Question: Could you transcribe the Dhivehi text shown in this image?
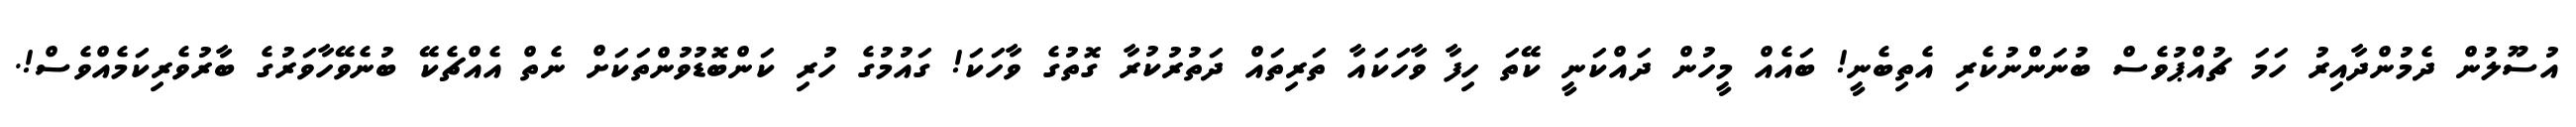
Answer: އުސޫލުން ދެމުންދާއިރު ހަމަ ޗުއްޕުވެސް ބުނަންނުކެރި އެތިބެނީ! ބައެއް މީހުން ދައްކަނީ ކޭތަ ހިފާ ވާހަކައާ ތަރިތައް ދަތުރުކުރާ ގޮތުގެ ވާހަކަ! ގައުމުގެ ހުރި ކަންބޮޑުވުންތަކަށް ނެތް އެއްޗެކޭ ބުނެވޭހާވަރުގެ ބާރުވެރިކަމެއްވެސް!.